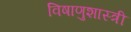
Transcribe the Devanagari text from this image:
विषाणुशास्त्री